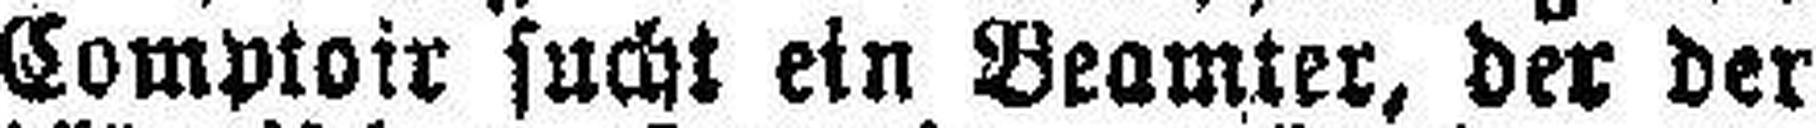
Comptoir sucht ein Beamter, der der